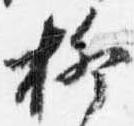
柳